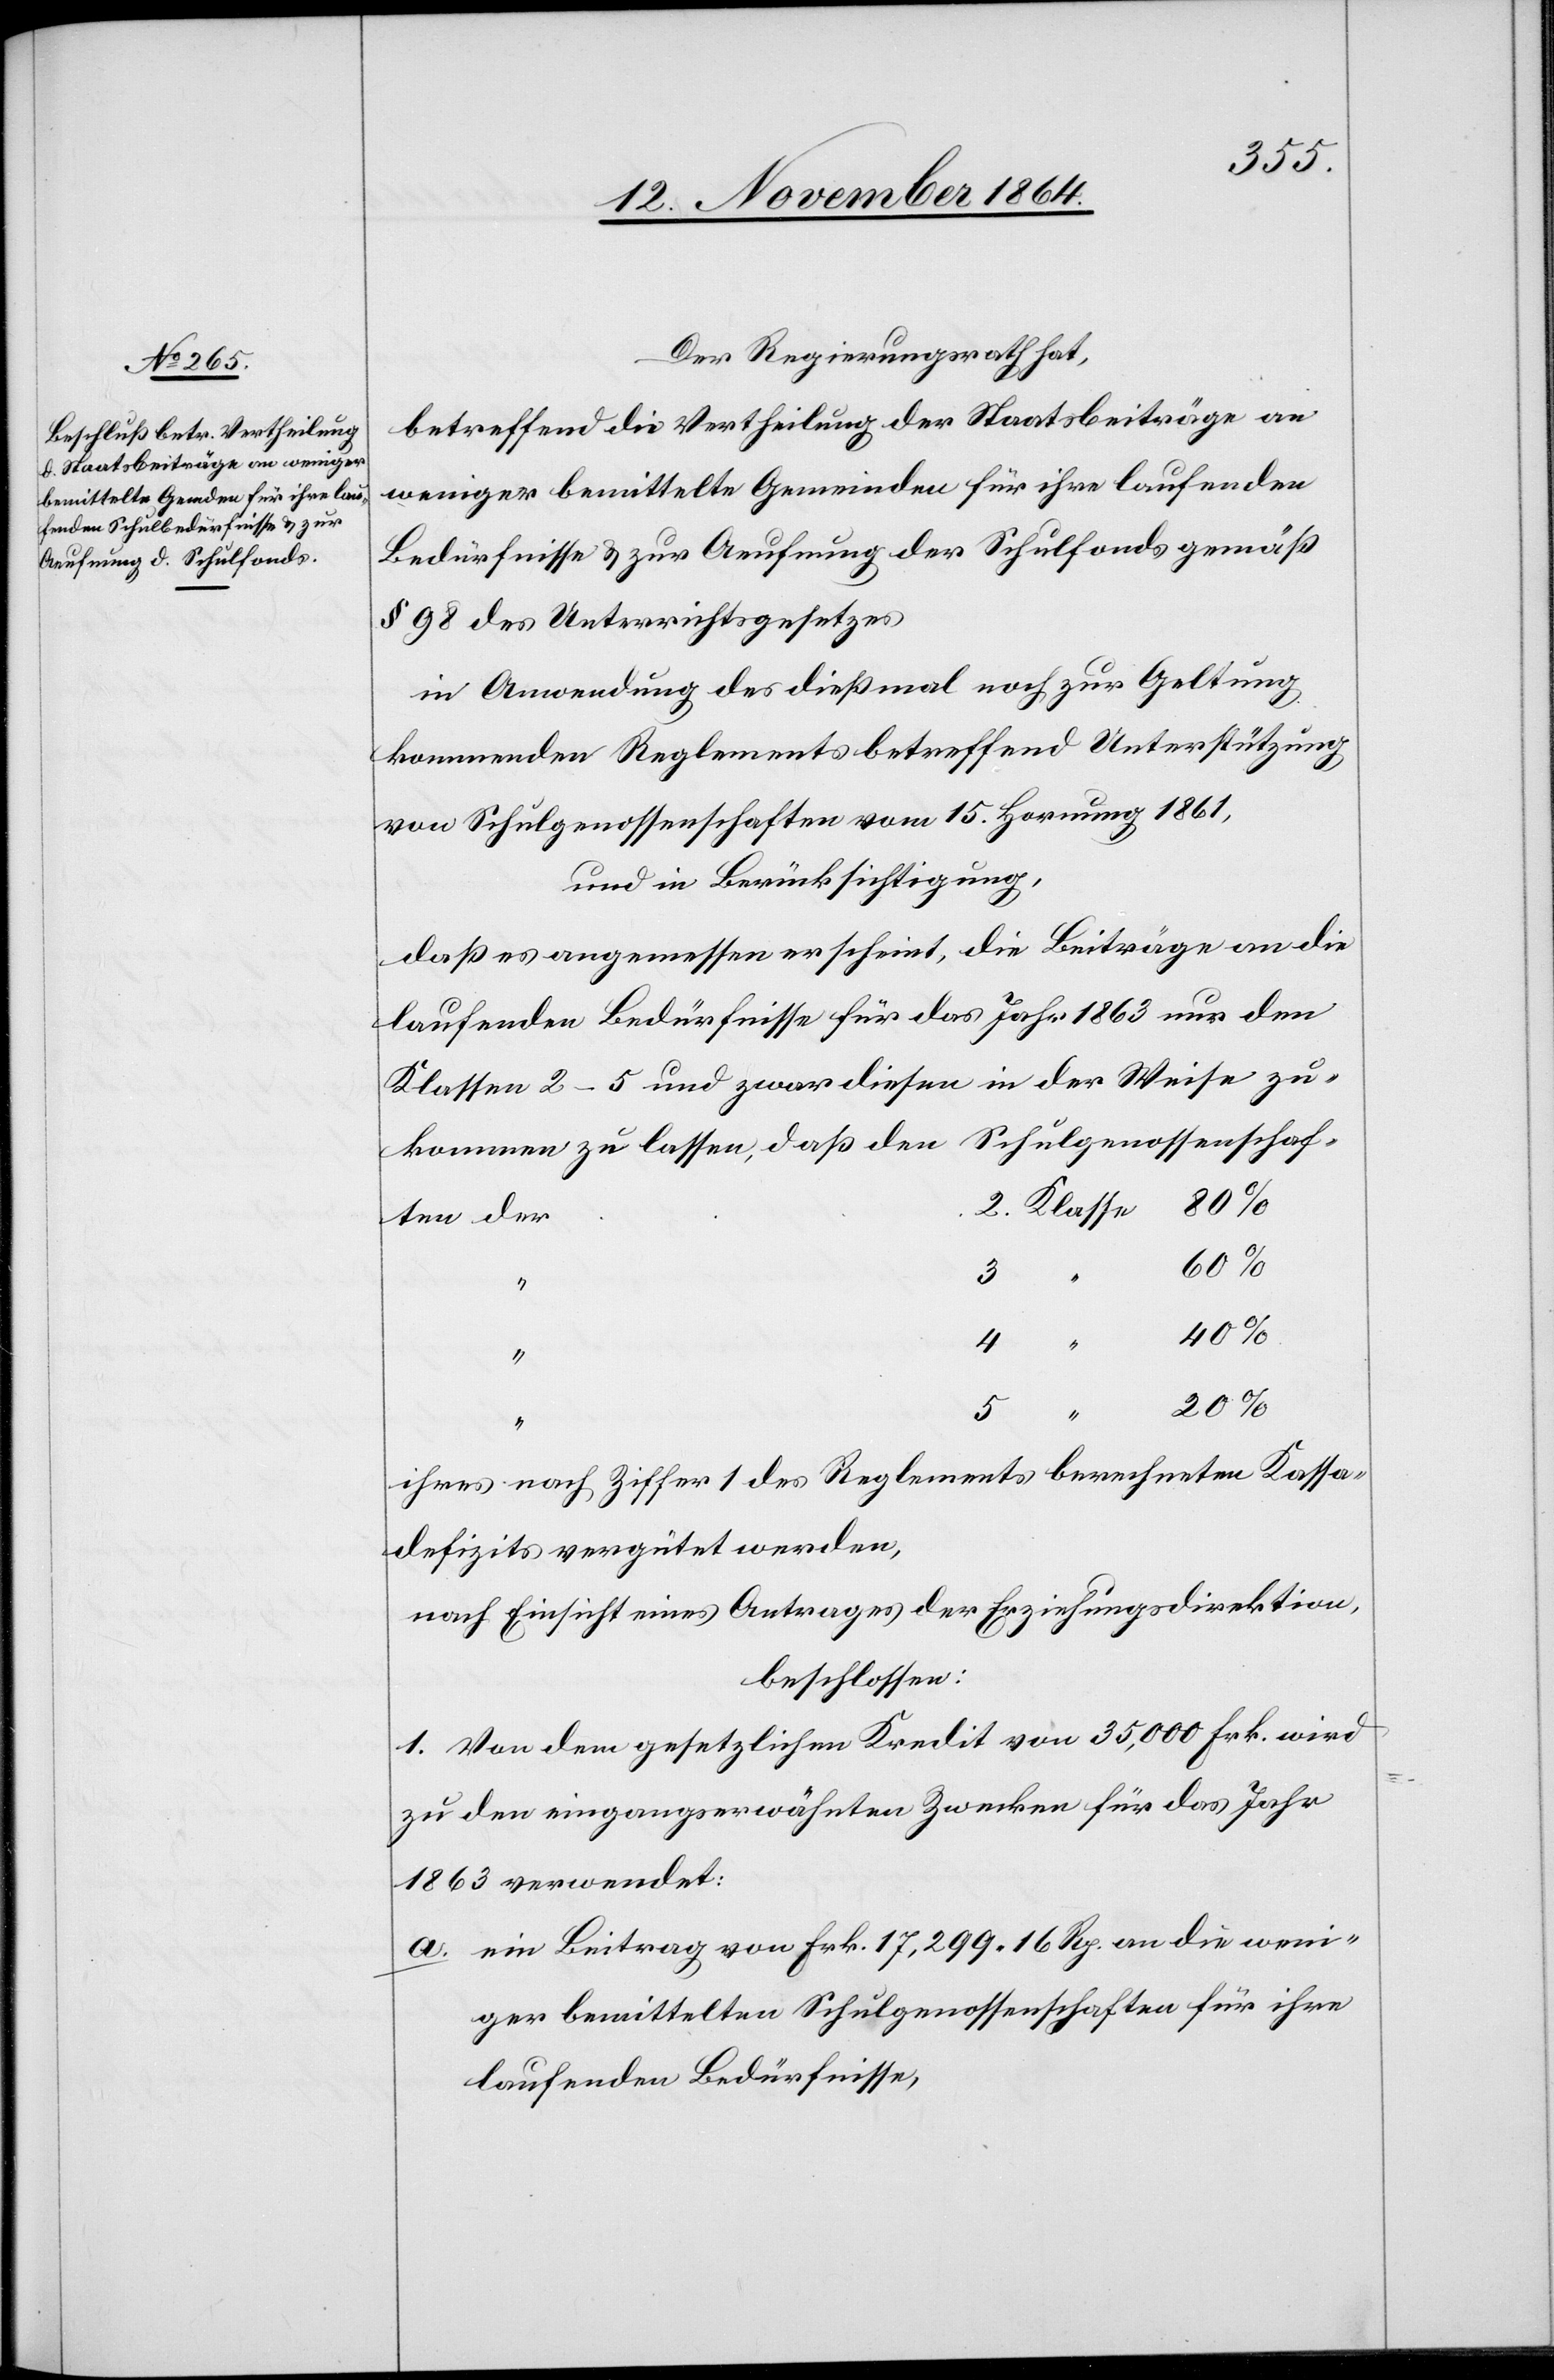
Der Regierungsrath hat,
betreffend die Vertheilung der Staatsbeiträge an
weniger bemittelte Gemeinden für ihre laufenden
Bedürfnisse & zur Aeufnung der Schulfonds gemäß
§ 98 des Unterrichtsgesetzes
in Anwendung des dießmal noch zur Geltung
kommenden Reglements betreffend Unterstützung
von Schulgenossenschaften vom 15. Hornung 1861,
und in Berücksichtigung,
daß es angemessen erscheint, die Beiträge an die
laufenden Bedürfnisse für das Jahr 1863 nur den
Klassen 2–5 und zwar diesen in der Weise zu¬
Schulgenossenschaften
kommen zu lassen, daß den
Klasse
3
2.
4
ihres nach Ziffer 1 des Reglements berechneten Kassa¬
defizites vergütet werden,
nach Einsicht eines Antrages der Erziehungsdirektion,
beschlossen:
1. Von dem gesetzlichen Kredit von 35,000 Frk. wird
zu den eingangserwähnten Zwecken für das Jahr
1863 verwendet:
a.	ein Beitrag von Frk. 17,299.16 Rp. an die weni¬
ger bemittelten Schulgenossenschaften für ihre
laufenden Bedürfnisse,